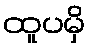
ထူပမှိ